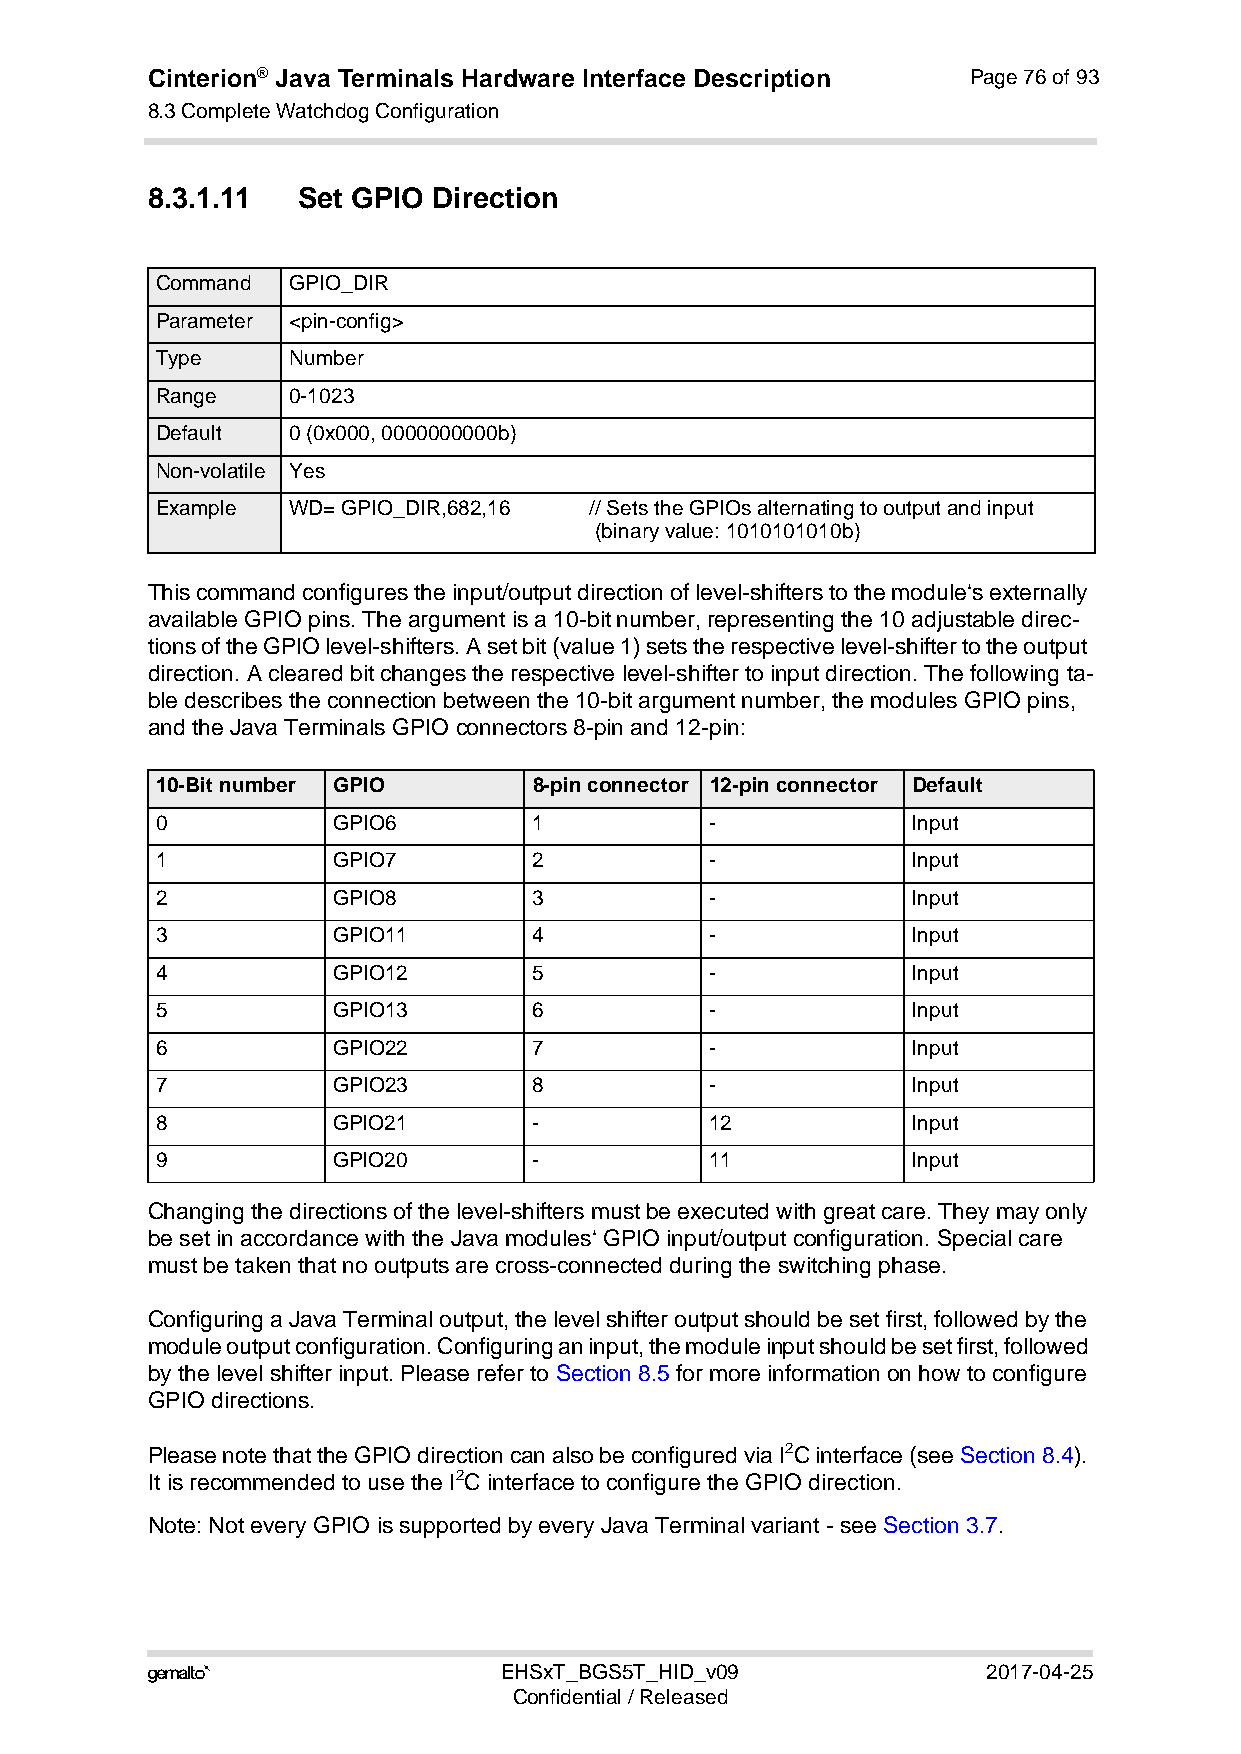
Cinterion® Java Terminals Hardware Interface Description Page 76 of 93
 8.3 Complete Watchdog Configuration
 92
 8.3.1.11  Set GPIO Direction
 Command  GPIO_DIR
 Parameter <pin-config>
 Type     Number
 Range    0-1023
 Default  0 (0x000, 0000000000b)
 Non-volatile Yes
 Example  WD= GPIO_DIR,682,16 // Sets the GPIOs alternating to output and input
 (binary value: 1010101010b)
 This command configures the input/output direction of level-shifters to the module‘s externally
 available GPIO pins. The argument is a 10-bit number, representing the 10 adjustable direc-
 tions of the GPIO level-shifters. A set bit (value 1) sets the respective level-shifter to the output
 direction. A cleared bit changes the respective level-shifter to input direction. The following ta-
 ble describes the connection between the 10-bit argument number, the modules GPIO pins,
 and the Java Terminals GPIO connectors 8-pin and 12-pin:
 10-Bit number GPIO       8-pin connector 12-pin connector Default
 0           GPIO6        1           -            Input
 1           GPIO7        2           -            Input
 2           GPIO8        3           -            Input
 3           GPIO11       4           -            Input
 4           GPIO12       5           -            Input
 5           GPIO13       6           -            Input
 6           GPIO22       7           -            Input
 7           GPIO23       8           -            Input
 8           GPIO21       -           12           Input
 9           GPIO20       -           11           Input
 Changing the directions of the level-shifters must be executed with great care. They may only
 be set in accordance with the Java modules‘ GPIO input/output configuration. Special care
 must be taken that no outputs are cross-connected during the switching phase.
 Configuring a Java Terminal output, the level shifter output should be set first, followed by the
 module output configuration. Configuring an input, the module input should be set first, followed
 by the level shifter input. Please refer to Section 8.5 for more information on how to configure
 GPIO directions.
 Please note that the GPIO direction can also be configured via I2C interface (see Section 8.4).
 It is recommended to use the I2C interface to configure the GPIO direction.
 Note: Not every GPIO is supported by every Java Terminal variant - see Section 3.7.
                       EHSxT_BGS5T_HID_v09             2017-04-25
 Confidential / Released